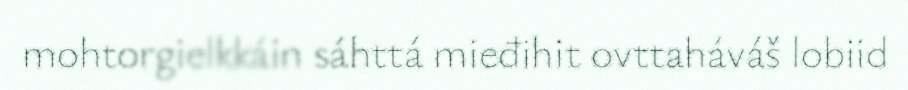
mohtorgielkkáin sáhttá mieđihit ovttaháváš lobiid